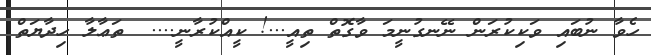
ހެވާ ނުބައި ވަކިކުރަން ނޭނގުނީމަ ވާގޮތް ތިއީ...! ކީއްކުރާނީ....  ތަޢާލާ ހިދާޔަތް